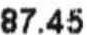
87.45